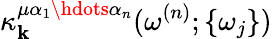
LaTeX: \kappa_{\mathbf{k}}^{\mu\alpha_{1}\hdots\alpha_{n}}(\omega^{(n)};\{ \omega_{j}\} )